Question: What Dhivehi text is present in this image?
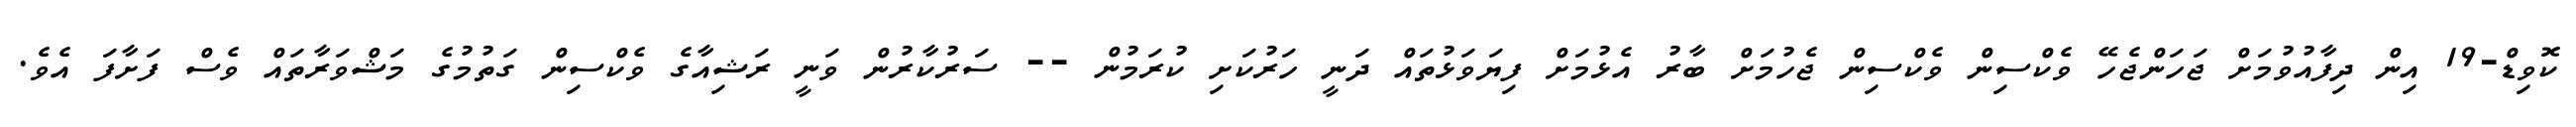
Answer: ކޮވިޑް-19 އިން ދިފާއުވުމަށް ޖަހަންޖެހޭ ވެކްސިން ވެކްސިން ޖެހުމަށް ބާރު އެޅުމަށް ފިޔަވަޅުތައް ދަނީ ހަރުކަށި ކުރަމުން -- ސަރުކާރުން ވަނީ ރަޝިއާގެ ވެކްސިން ގަތުމުގެ މަޝްވަރާތައް ވެސް ފަށާފަ އެވެ.